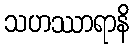
သဟဿာရာနိ